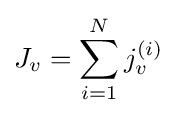
J_{v}=\sum _{i=1}^{N}j_{v}^{(i)}